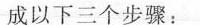
成以下三个步骤：